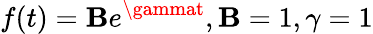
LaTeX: f(t)=\mathbf{B}e^{\gammat},\mathbf{B}=1,\gamma=1